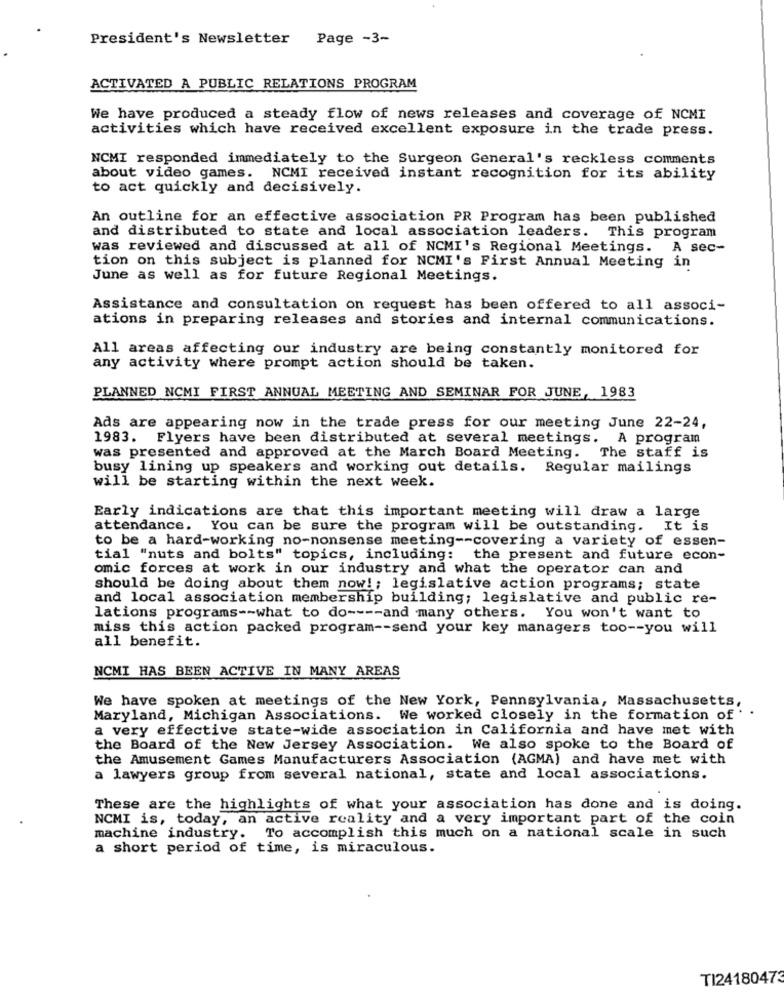
President's Newsletter Page -3-
ACTIVATED A PUBLIC RELATIONS PROGRAM
We have produced a steady flow of news releases and coverage of NCMI
activities which have received excellent exposure in the trade press.
NCMI responded immediately to the Surgeon General's reckless comments
about video games. NCMI received instant recognition for its ability
to act quickly and decisively.
An outline for an effective association PR Program has been published
and distributed to state and local association leaders. This program
was reviewed and discussed at all of NCMI's Regional Meetings. A sec-
tion on this subject is planned for NCMI's First Annual Meeting in
June as well as for future Regional Meetings.
Assistance and consultation on request has been offered to all associ-
ations in preparing releases and stories and internal communications.
All areas affecting our industry are being constantly monitored for
any activity where prompt action should be taken.
PLANNED NCMI FIRST ANNUAL MEETING AND SEMINAR FOR JUNE, 1983
Ads are appearing now in the trade press for our meeting June 22-24,
1983. Flyers have been distributed at several meetings. A program
was presented and approved at the March Board Meeting. The staff is
busy lining up speakers and working out details. Regular mailings
will be starting within the next week.
Early indications are that this important meeting will draw a large
attendance. You can be sure the program will be outstanding. It is
to be a hard-working no-nonsense meeting -- covering a variety of essen-
tial "nuts and bolts" topics, including: the present and future econ-
omic forces at work in our industry and what the operator can and
should be doing about them now !; legislative action programs; state
and local association membership building; legislative and public re-
lations programs -- what to do ---- and many others. You won't want to
miss this action packed program -- send your key managers too -- you will
all benefit.
NCMI HAS BEEN ACTIVE IN MANY AREAS
We have spoken at meetings of the New York, Pennsylvania, Massachusetts,
Maryland, Michigan Associations. We worked closely in the formation of
a very effective state-wide association in California and have met with
the Board of the New Jersey Association. We also spoke to the Board of
the Amusement Games Manufacturers Association (AGMA) and have met with
a lawyers group from several national, state and local associations.
These are the highlights of what your association has done and is doing.
NCMI is, today, an active reality and a very important part of the coin
machine industry. To accomplish this much on a national scale in such
a short period of time, is miraculous.
TI24180473